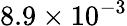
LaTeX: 8.9\times 10^{-3}